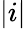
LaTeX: |i|